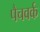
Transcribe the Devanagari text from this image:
पैचवर्क